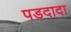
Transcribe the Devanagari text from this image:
पड़दादा